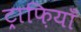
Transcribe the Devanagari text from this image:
ट्राफ़ियाँ